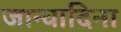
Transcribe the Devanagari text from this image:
जान्वादिना